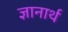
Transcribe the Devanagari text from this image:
ज्ञानार्थ